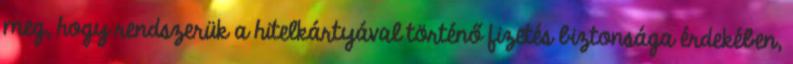
meg, hogy rendszerük a hitelkártyával történő fizetés biztonsága érdekében,